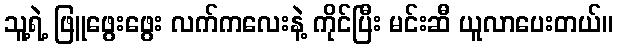
သူ့ရဲ့ ဖြူဖွေးဖွေး လက်ကလေးနဲ့ ကိုင်ပြီး မင်းဆီ ယူလာပေးတယ်။